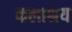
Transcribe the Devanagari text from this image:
कलाश्रय